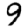
Digit: 9